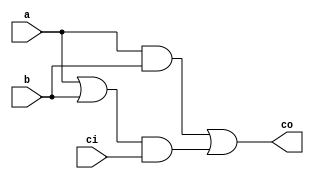
module get_carry(co,ci,a,b);
  input a,b,ci;
  output co;
  and u2(g,a,b);
  or u3(p,a,b);
  and u4(h,p,ci);
  or u5(co,g,h);      
endmodule

module carry_ahead_adder8(sum,co,ci,a,b);
  input [7:0] a,b;
  input ci;
  output [7:0] co,sum;
  //get_all_carry
  get_carry myAdd0(co[0],ci,a[0],b[0]);
  get_carry myAdd1(co[1],co[0],a[1],b[1]);
  get_carry myAdd2(co[2],co[1],a[2],b[2]);
  get_carry myAdd3(co[3],co[2],a[3],b[3]);
  get_carry myAdd4(co[4],co[3],a[4],b[4]);
  get_carry myAdd5(co[5],co[4],a[5],b[5]);
  get_carry myAdd6(co[6],co[5],a[6],b[6]);
  get_carry myAdd7(co[7],co[6],a[7],b[7]);
  //get_result
  xor u6 (sum[0],a[0],b[0],ci);
  xor u7 (sum[1],a[1],b[1],co[0]);
  xor u8 (sum[2],a[2],b[2],co[1]);
  xor u9 (sum[3],a[3],b[3],co[2]);
  xor u10 (sum[4],a[4],b[4],co[3]);
  xor u11 (sum[5],a[5],b[5],co[4]);
  xor u12 (sum[6],a[6],b[6],co[5]);
  xor u13 (sum[7],a[7],b[7],co[6]);
endmodule